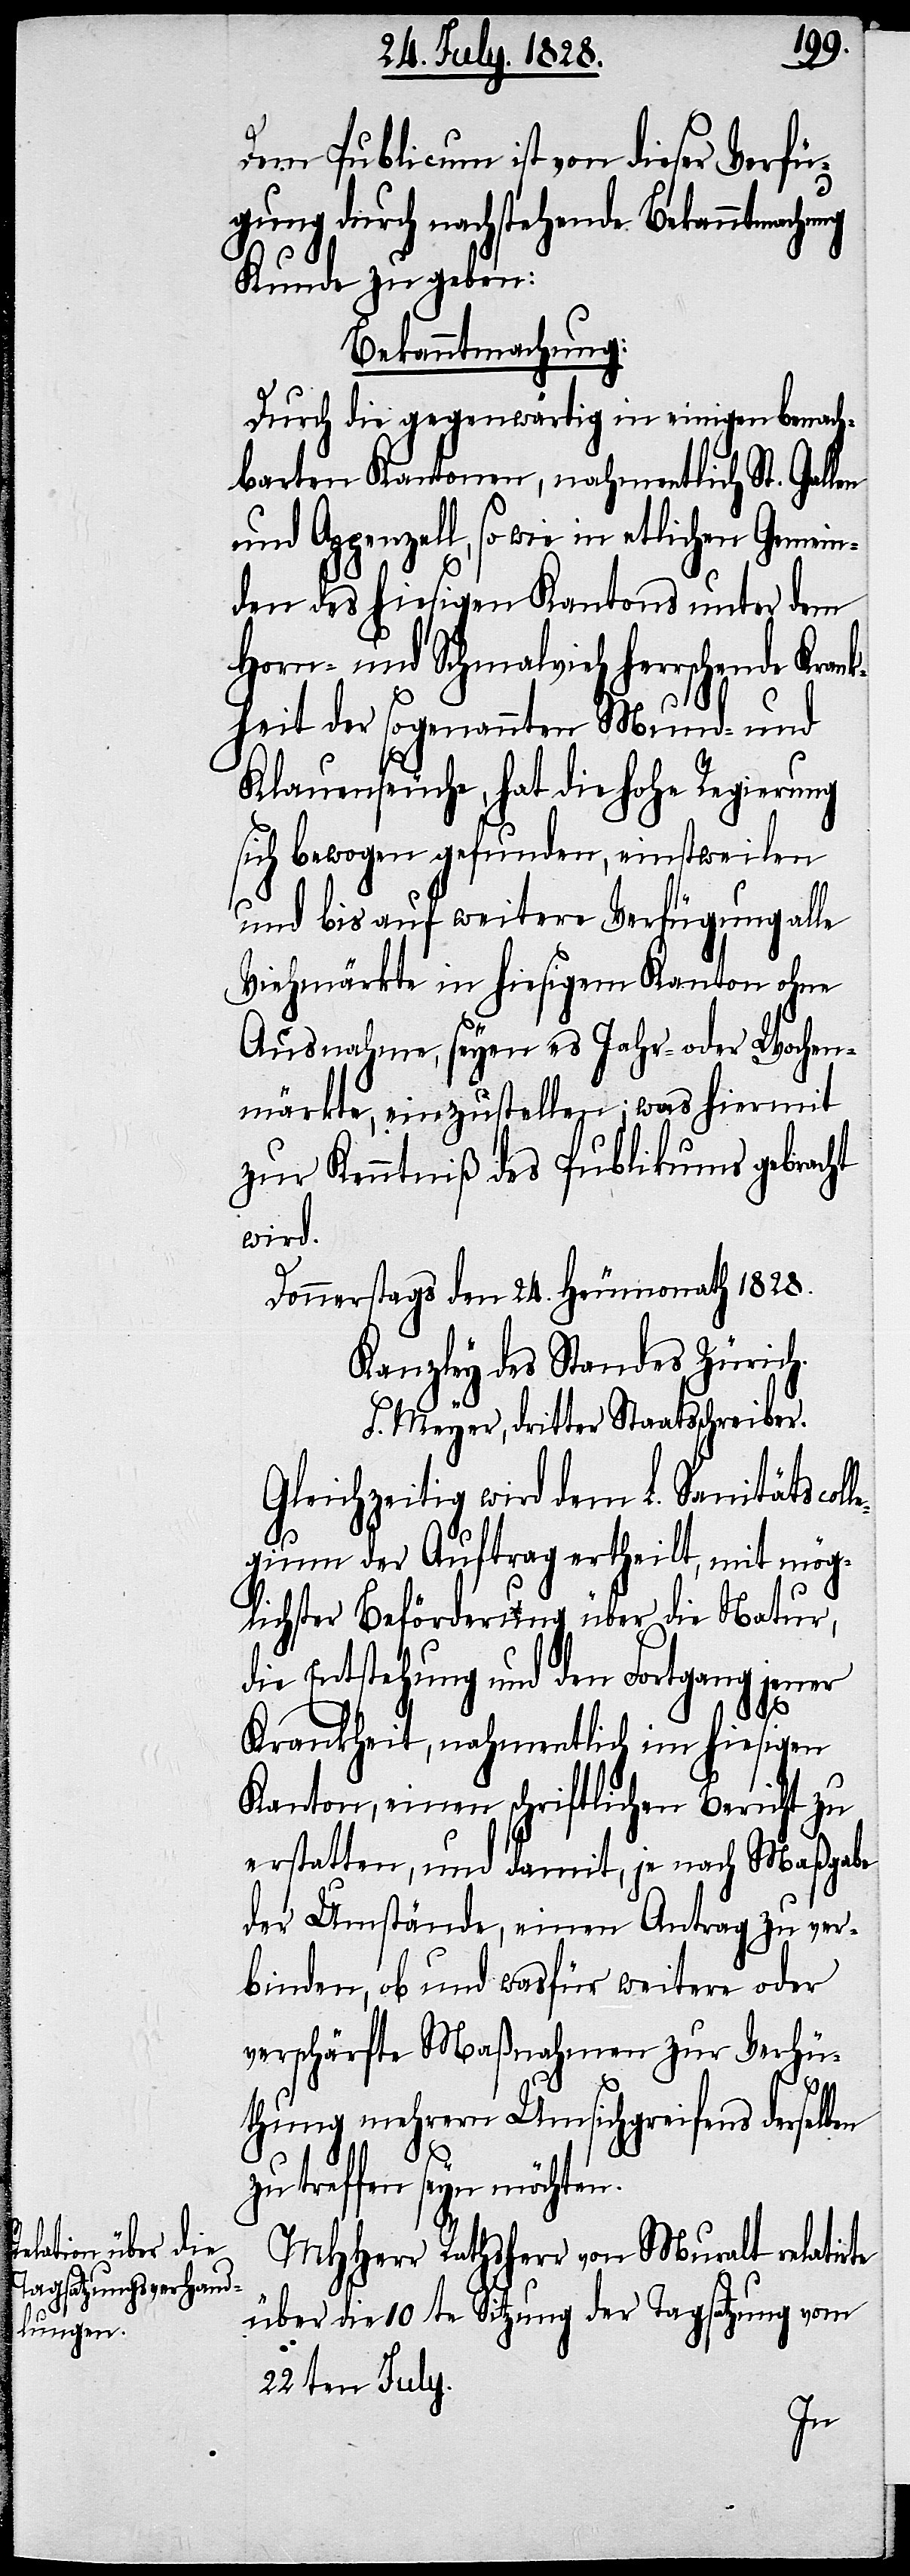
Dem Publicum ist von dieser Verfü¬
gung durch nachstehende Bekanntmachung
Kunde zu geben:
Bekanntmachung:
Durch die gegenwärtig in einigen benach¬
barten Kantonen, nahmentlich St. Gallen
und Appenzell, so wie in etlichen Gemein¬
den des hiesigen Kantons unter dem
Horn- und Schmalvieh herrschende Kran¬
kheit der sogenannten Mund- und
Klauenseuche, hat die hohe Regierung
sich bewogen gefunden einstweilen
und bis auf weitere Verfügung alle
Viehmärkte in hiesigem Kanton ohne
Ausnahme, seyen es Jahr- oder Wochen¬
märkte, einzustellen; was hiermit
zur Kenntniß des Publikums gebracht
wird.
Donnerstags den 24. Heumonath 1828.
Kanzley des Standes Zürich.
F. Meyer, dritter Staatsschreiber.
Gleichzeitig wird dem L. Sanitätscoll¬
egium der Auftrag ertheilt, mit mög¬
lichster Beförderung über die Natur,
die Entstehung und den Fortgang jener
Krankheit, nahmentlich im hiesigen
Kanton, einen schriftlichen Bericht zu
erstatten, und damit, je nach Maßgabe
der Umstände, einen Antrag zu ver¬
binden, ob und wasfür weitere oder
verschärfte Maßnahmen zur Verhü¬
thung mehrern Umsichergreifens derselb¬
zu treffen seyn möchten.
MHHerr Rathsherr von Muralt relatirte
über die 10te Sitzung der Tagsatzung vom
22ten July.
en